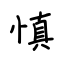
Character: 慎